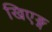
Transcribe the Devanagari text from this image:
खिएङ्ग